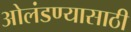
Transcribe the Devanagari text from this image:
ओलंडण्यासाठी